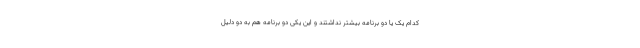
کدام یک یا دو برنامه بیشتر نداشتند و این یکی دو برنامه هم به دو دلیل